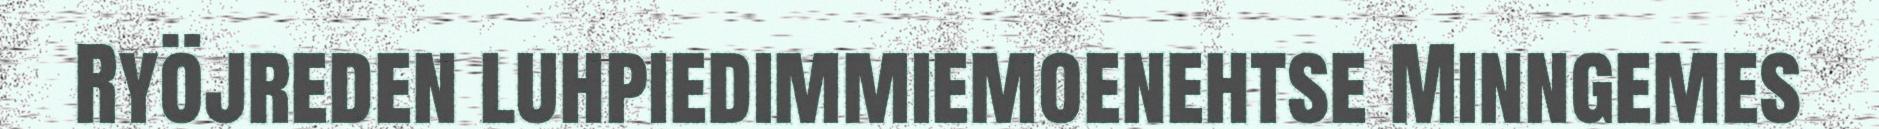
Ryöjreden luhpiedimmiemoenehtse Minngemes